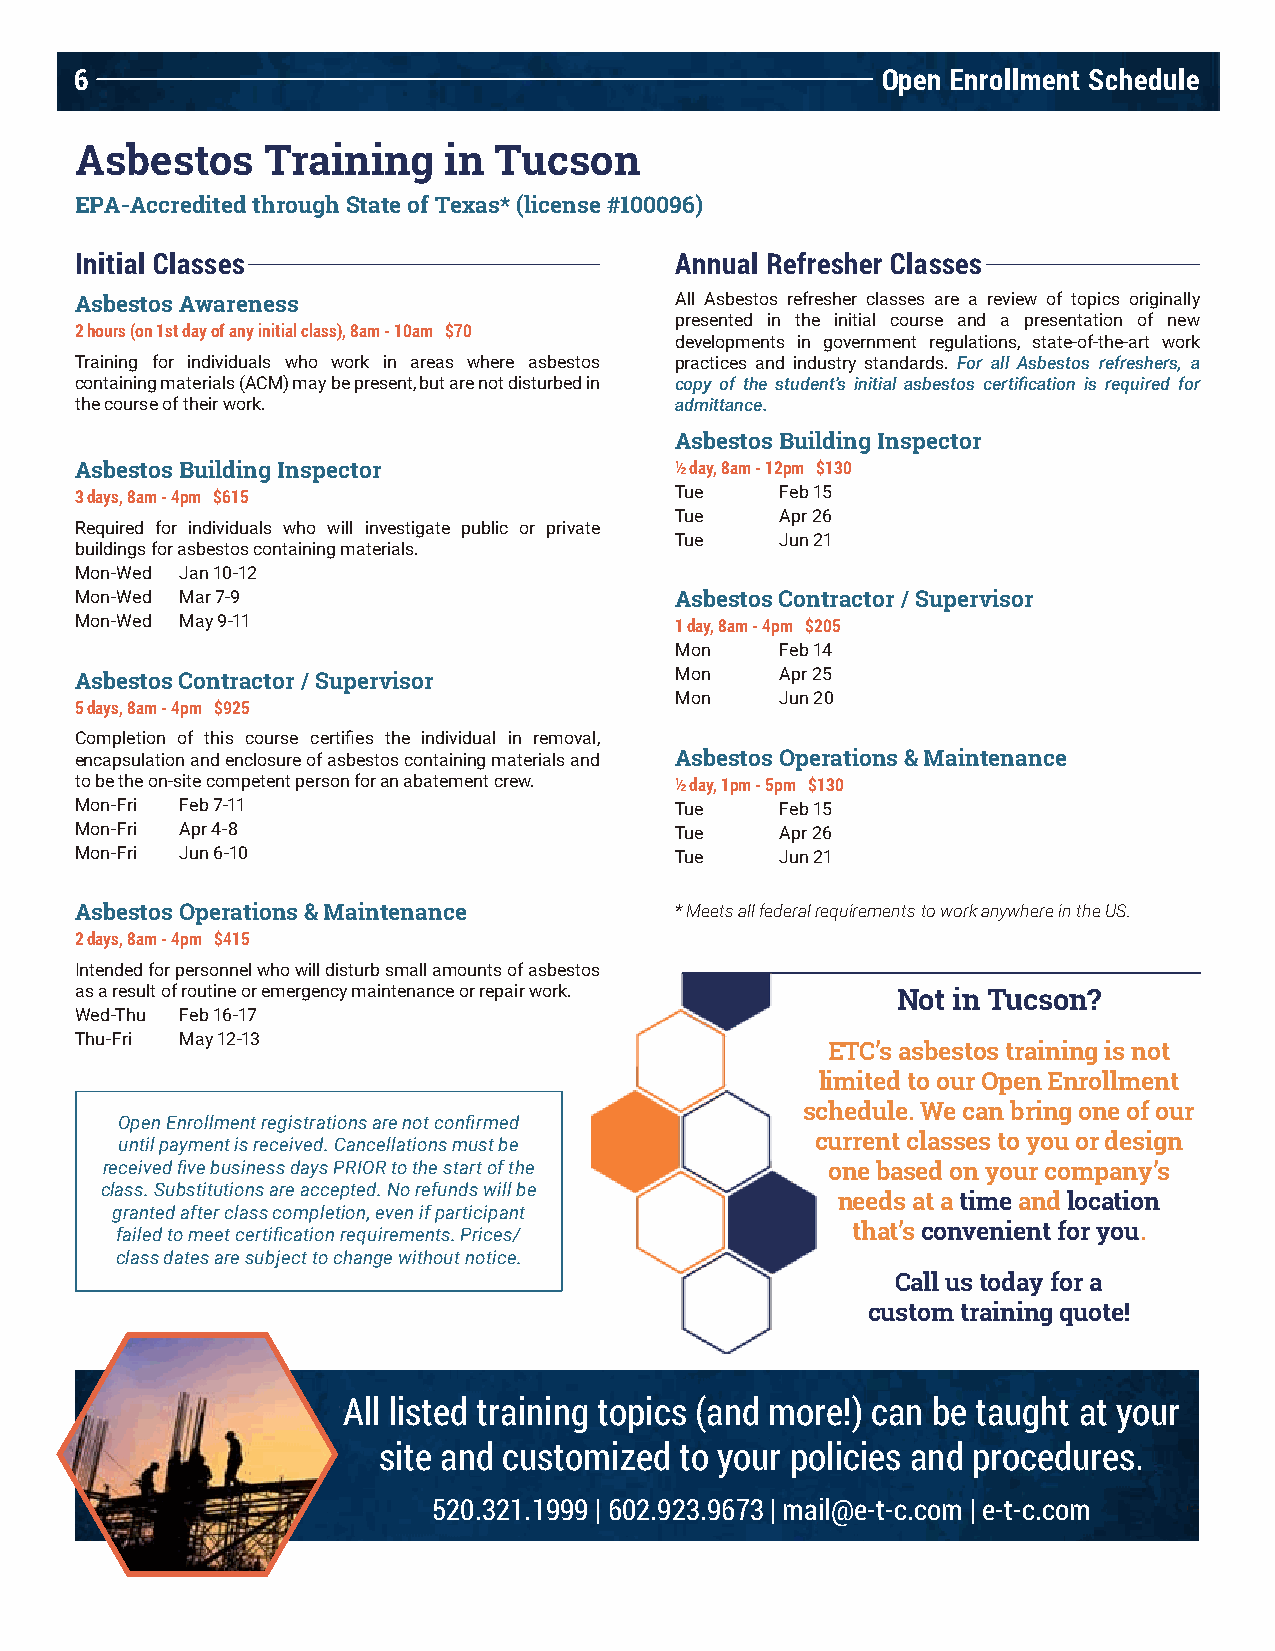
6                                                    Open Enrollment Schedule
 Asbestos    Training    in  Tucson
 EPA-Accredited through State of Texas* (license #100096)
 Initial Classes                         Annual Refresher Classes
 Asbestos Awareness                      All Asbestos refresher classes are a review of topics originally
 presented in the initial course and a presentation of new
 2 hours (on 1st day of any initial class), 8am - 10am $70
 developments in government regulations, state-of-the-art work
 Training for individuals who work in areas where asbestos practices and industry standards. For all Asbestos refreshers, a
 containing materials (ACM) may be present, but are not disturbed in copy of the student’s initial asbestos certification is required for
 the course of their work.               admittance.
 Asbestos Building Inspector
 Asbestos Building Inspector             ½ day, 8am - 12pm $130
 3 days, 8am - 4pm $615                  Tue    Feb 15
 Tue    Apr 26
 Required for individuals who will investigate public or private
 Tue    Jun 21
 buildings for asbestos containing materials.
 Mon-Wed Jan 10-12
 Mon-Wed Mar 7-9                         Asbestos Contractor / Supervisor
 Mon-Wed May 9-11                        1 day, 8am - 4pm $205
 Mon    Feb 14
 Asbestos Contractor / Supervisor        Mon    Apr 25
 Mon    Jun 20
 5 days, 8am - 4pm $925
 Completion of this course certifies the individual in removal,
 encapsulation and enclosure of asbestos containing materials and Asbestos Operations & Maintenance
 to be the on-site competent person for an abatement crew. ½ day, 1pm - 5pm $130
 Mon-Fri Feb 7-11                        Tue    Feb 15
 Mon-Fri Apr 4-8                         Tue    Apr 26
 Mon-Fri Jun 6-10                        Tue    Jun 21
 Asbestos Operations & Maintenance       * Meets all federal requirements to work anywhere in the US.
 2 days, 8am - 4pm $415
 Intended for personnel who will disturb small amounts of asbestos
 as a result of routine or emergency maintenance or repair work. Not in Tucson?
 Wed-Thu Feb 16-17
 Thu-Fri May 12-13
 ETC’s asbestos training is not
 limited to our Open Enrollment
 schedule. We can bring one of our
 Open Enrollment registrations are not confirmed
 until payment is received. Cancellations must be current classes to you or design
 received five business days PRIOR to the start of the one based on your company’s
 class. Substitutions are accepted. No refunds will be
 needs at a time and location
 granted after class completion, even if participant
 failed to meet certification requirements. Prices/ that’s convenient for you.
 class dates are subject to change without notice.
 Call us today for a
 custom training quote!
 All listed training topics (and more!) can be taught at your
 site and customized to your policies and procedures.
 520.321.1999 | 602.923.9673 | mail@e-t-c.com | e-t-c.com